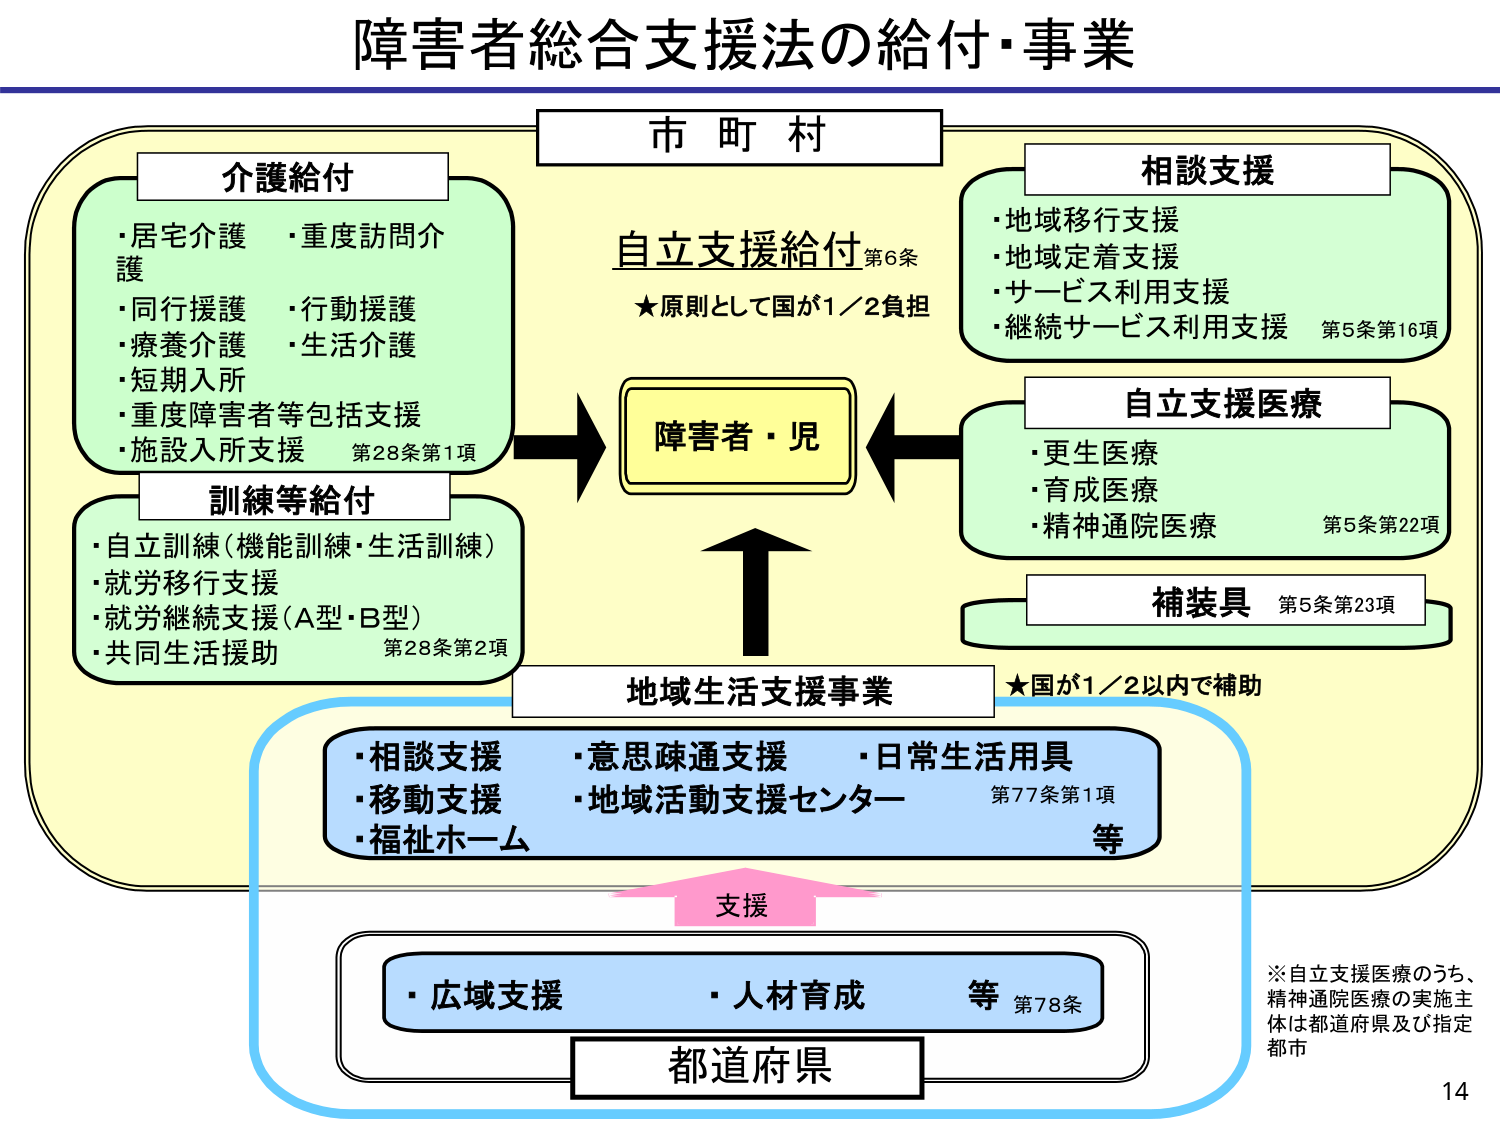
障害者総合支援法の給付・事業

市 町 村

介護給付
・居宅介護
・同行援護
・療養介護
・短期入所
・重度障害者等包括支援
・施設入所支援 第28条第1項
・重度訪問介護
・行動援護
・生活介護

訓練等給付
・自立訓練（機能訓練・生活訓練）
・就労移行支援
・就労継続支援（A型・B型）
・共同生活援助 第28条第2項

自立支援給付 第6条
★原則として国が1／2負担

相談支援
・地域移行支援
・地域定着支援
・サービス利用支援
・継続サービス利用支援 第5条第16項

自立支援医療
・更生医療
・育成医療
・精神通院医療 第5条第22項

補装具 第5条第23項

★国が1／2以内で補助

地域生活支援事業
・相談支援
・移動支援
・福祉ホーム
・意思疎通支援
・地域活動支援センター
・日常生活用具
等 第77条第1項

支援

・広域支援
・人材育成
等 第78条

都道府県

※自立支援医療のうち、
精神通院医療の実施主
体は都道府県及び指定
都市

14